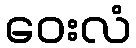
ဝေးလံ